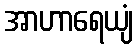
အာဟာရေယျံ